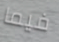
فيما